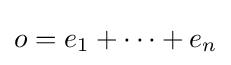
o=e_{1}+\cdots +e_{n}